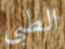
الطبى